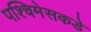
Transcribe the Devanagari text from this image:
पश्चिमेसकडे